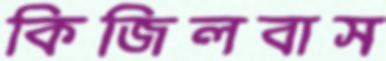
কিজিলবাস